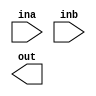
`timescale 1ns / 1ps
//////////////////////////////////////////////////////////////////////////////////
// Company: 
// Engineer: 
// 
// Design Name: 
// Module Name: addder
// Project Name: 
// Target Devices: 
// Tool Versions: 
// Description: 
// 
// Dependencies: 
// 
// Revision:
// Revision 0.01 - File Created
// Additional Comments:
// 
//////////////////////////////////////////////////////////////////////////////////


module addder(
        input ina,inb,
        output out
    );
endmodule